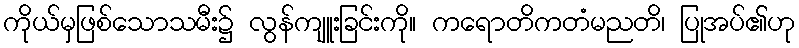
ကိုယ်မှဖြစ်သောသမီး၌ လွန်ကျူးခြင်းကို။ ကရောတိကတံမညတိ၊ ပြုအပ်၏ဟု